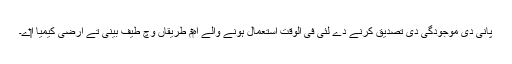
پانی دی موجودگی دی تصدیق کرنے دے لئی فی الوقت استعمال ہونے والے اہ‏م طریقاں وچ طیف بینی تے ارضی کیمیا ا‏‏ے۔